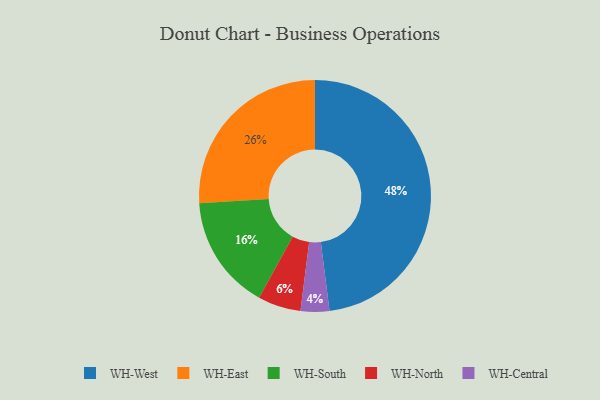
{"axis": {"x": "Category", "y": "Percentage"}, "legend": ["WH-Central", "WH-East", "WH-North", "WH-South", "WH-West"], "data": [{"x": "WH-South", "y": 16, "type": "WH-South"}, {"x": "WH-North", "y": 6, "type": "WH-North"}, {"x": "WH-Central", "y": 4, "type": "WH-Central"}, {"x": "WH-West", "y": 48, "type": "WH-West"}, {"x": "WH-East", "y": 26, "type": "WH-East"}]}